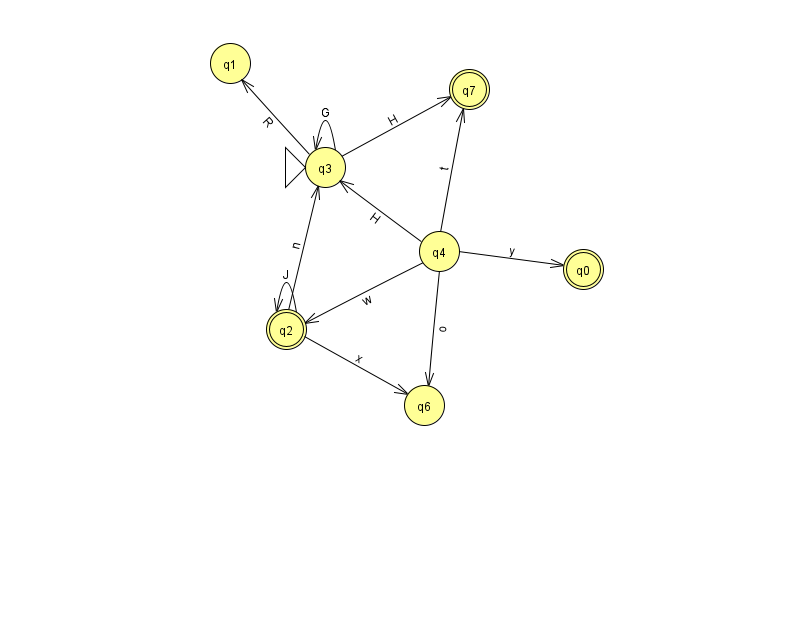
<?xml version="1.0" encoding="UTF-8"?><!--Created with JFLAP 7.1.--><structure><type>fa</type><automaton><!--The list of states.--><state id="0" name="q0"><x>583.0</x><y>256.0</y><final/></state><state id="1" name="q1"><x>230.0</x><y>50.0</y></state><state id="2" name="q2"><x>286.0</x><y>316.0</y><final/></state><state id="3" name="q3"><x>325.0</x><y>154.0</y><initial/></state><state id="4" name="q4"><x>439.0</x><y>238.0</y></state><state id="6" name="q6"><x>424.0</x><y>392.0</y></state><state id="7" name="q7"><x>469.0</x><y>76.0</y><final/></state><!--The list of transitions.--><transition><from>4</from><to>2</to><read>w</read></transition><transition><from>3</from><to>7</to><read>H</read></transition><transition><from>4</from><to>7</to><read>t</read></transition><transition><from>4</from><to>0</to><read>y</read></transition><transition><from>4</from><to>3</to><read>H</read></transition><transition><from>2</from><to>3</to><read>n</read></transition><transition><from>3</from><to>1</to><read>R</read></transition><transition><from>3</from><to>3</to><read>G</read></transition><transition><from>2</from><to>2</to><read>J</read></transition><transition><from>2</from><to>6</to><read>x</read></transition><transition><from>4</from><to>6</to><read>o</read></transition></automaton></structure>